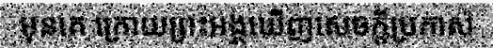
មុនគេ ក្រោយព្រះអង្គឃើញសេចក្តីប្រកាស់